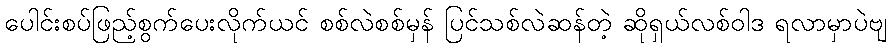
ပေါင်းစပ်ဖြည့်စွက်ပေးလိုက်ယင် စစ်လဲစစ်မှန် ပြင်သစ်လဲဆန်တဲ့ ဆိုရှယ်လစ်ဝါဒ ရလာမှာပဲဗျ